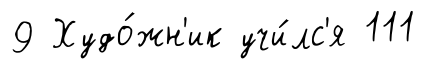
9 Худо́жн'ик учи́лс'я 111